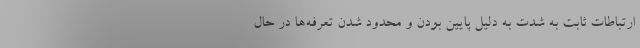
ارتباطات ثابت به شدت به دلیل پایین بودن و محدود شدن تعرفه‌ها در حال